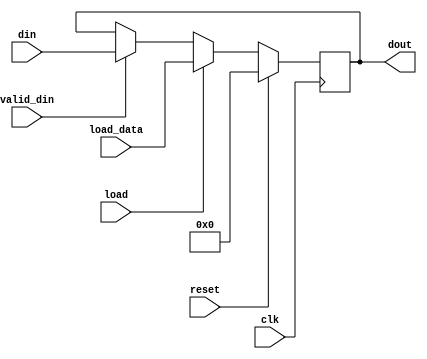
// project: venera_cpu_1
// data:    15.02.2022

module accumulator
(
    input         clk,
    input         reset,
    input         load,
    input  [15:0] load_data,
    input         valid_din,
    input  [15:0] din,
    output [15:0] dout
);

    reg [15:0] accum;

    always@(posedge clk) begin
        if (reset)
            accum <= 16'h0000;
        else if (load)
            accum <= load_data;
        else if (valid_din)
            accum <= din;
    end

    assign dout = accum;

endmodule